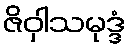
ဇိဝှါသမုဒ္ဒံ